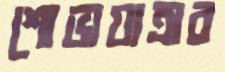
শোভাযাত্রার